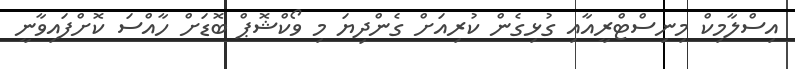
އިސްލާމިކް މިނިސްޓްރީއާއި ގުޅިގެން ކުރިއަށް ގެންދިޔަ މި ވޯކްޝޮޕް ބޮޑަށް ހާއްސަ ކޮށްފައިވާނީ